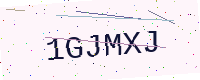
Text: 1GJMXJ